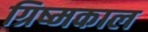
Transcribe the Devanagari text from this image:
ग्रिष्मकाल